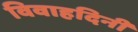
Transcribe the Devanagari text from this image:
विवाहदिनी